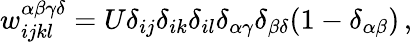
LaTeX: w_{ijkl}^{\alpha\beta\gamma\delta}=U\delta_{ij}\delta_{ik}\delta_{il}\delta_{\alpha\gamma}\delta_{\beta\delta}(1-\delta_{\alpha\beta})\, ,